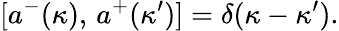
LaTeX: [a^{-}(\kappa),\, a^{+}(\kappa^{\prime})]=\delta(\kappa-\kappa^{\prime}).